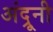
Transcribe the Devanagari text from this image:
अंद्रूनी